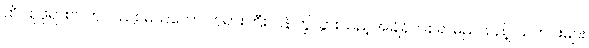
ထိပ်စုဖုရားလတ်လည်း မယ်တော် ဘုရားကြီး ပြန်ကြွသွားသည့်အချိန်ကစ၍ မည်သည့် သတင်းများ